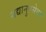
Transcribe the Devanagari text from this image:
मद्यानुपसेवन